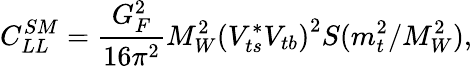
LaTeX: C_{LL}^{SM}=\frac{G_{F}^{2}}{16\pi^{2}}M_{W}^{2}\left(V_{ts}^{*}V_{tb}\right)^{2}S(m_{t}^{2}/M_{W}^{2}),